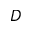
D